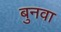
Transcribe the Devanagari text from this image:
बुनवा